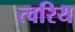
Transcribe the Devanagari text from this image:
त्वरिय